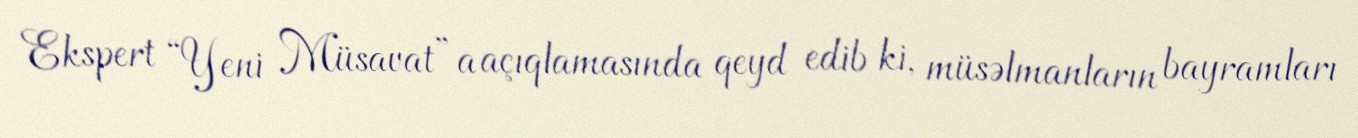
Ekspert “Yeni Müsavat”a açıqlamasında qeyd edib ki, müsəlmanların bayramları